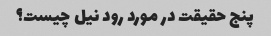
پنج حقیقت در مورد رود نیل چیست؟